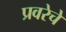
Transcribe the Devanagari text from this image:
प्रवरेचे